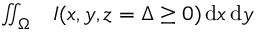
\begin{array} { r l } { \iint _ { \Omega } } & { { } I ( x , y , z = \Delta \ge 0 ) \, \mathrm { d } x \, \mathrm { d } y } \end{array}